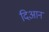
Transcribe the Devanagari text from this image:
दिआन